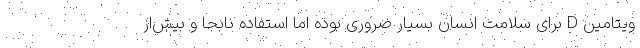
ویتامین D برای سلامت انسان بسیار ضروری بوده اما استفاده نابجا و بیش‌از